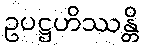
ဥပဋ္ဌဟိဿန္တိ